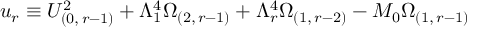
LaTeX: u _ { r } \equiv U _ { ( 0 , \, r - 1 ) } ^ { 2 } + \Lambda _ { 1 } ^ { 4 } \Omega _ { ( 2 , \, r - 1 ) } + \Lambda _ { r } ^ { 4 } \Omega _ { ( 1 , \, r - 2 ) } - M _ { 0 } \Omega _ { ( 1 , \, r - 1 ) }